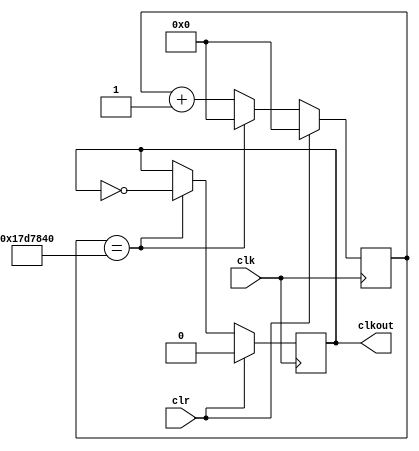
`timescale 1ns / 1ps
//////////////////////////////////////////////////////////////////////////////////
// Company: 
// Engineer: 
// 
// Design Name: 
// Module Name:    freq_divider 
// Project Name: 
// Target Devices: 
// Tool versions: 
// Description: 
//
// Dependencies: 
//
// Revision: 
// Revision 0.01 - File Created
// Additional Comments: 
//
//////////////////////////////////////////////////////////////////////////////////
	 
module freq_divider(
	input clr,
	input clk,
	output reg clkout
   );
	 
	reg[31:0] cnt;
	
	initial begin
		clkout <= 0;
		cnt <= 0;
	end
	
	
	always@(posedge clk) begin
		if (clr) begin
			cnt<=32'd0;
			clkout<=1'b0;
		end
		else if (cnt==32'd25000000) begin//25000000
			cnt<=32'd0;
			clkout<=~clkout;
		end
		else begin 
			cnt<=cnt+1;
		end
	end

endmodule